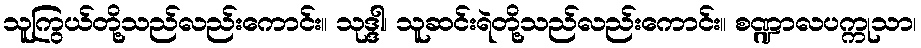
သူကြွယ်တို့သည်လည်းကောင်း။ သုဒ္ဒါ၊ သူဆင်းရဲတို့သည်လည်းကောင်း။ စဏ္ဍာလပက္ကုသာ၊